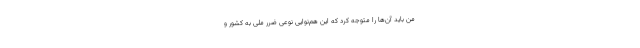
من باید آن‌ها را متوجه کرد که این هم‌نوایی نوعی ضرر ملی به کشور و